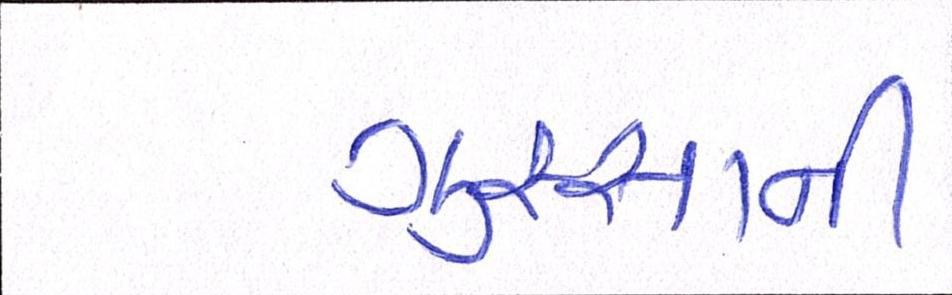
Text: ગુસ્સાની